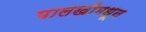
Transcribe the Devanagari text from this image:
पालखीमधून